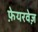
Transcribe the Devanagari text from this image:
फ़ेयरवेज़